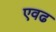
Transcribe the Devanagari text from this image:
एवढ